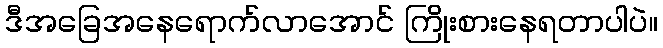
ဒီအခြေအနေရောက်လာအောင် ကြိုးစားနေရတာပါပဲ။